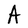
Character: A